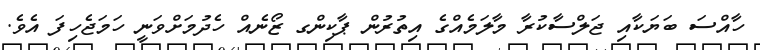
ހާއްސަ ބަޔަކާއި ޖަލްސާކުރާ މާލަމެއްގެ އިތުރުން ޕާކިންގ ޒޯނެއް ހެދުމަށްވަނީ ހަމަޖެހިފަ އެވެ.